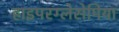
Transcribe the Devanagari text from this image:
हाइपरग्लेसेमिया